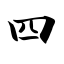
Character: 四